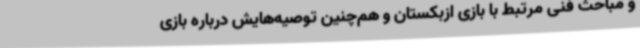
و مباحث فنی مرتبط با بازی ازبکستان و هم‌چنین توصیه‌هایش درباره بازی